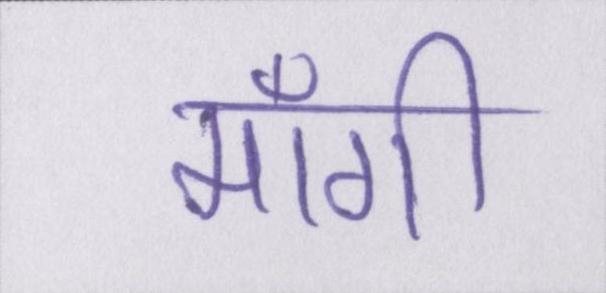
माँगी